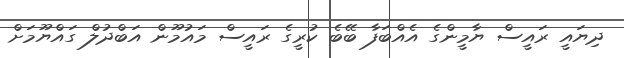
ދިޔައީ ރައީސް ޔާމީންގެ އެއްބަފާ ބޭބެ ކުރީގެ ރައީސް މައުމޫން އަބްދުލް ގައްޔޫމަށް